Civil Veterinary Department Bihar reports 1936-40 - 1936-1940
Year: 1936
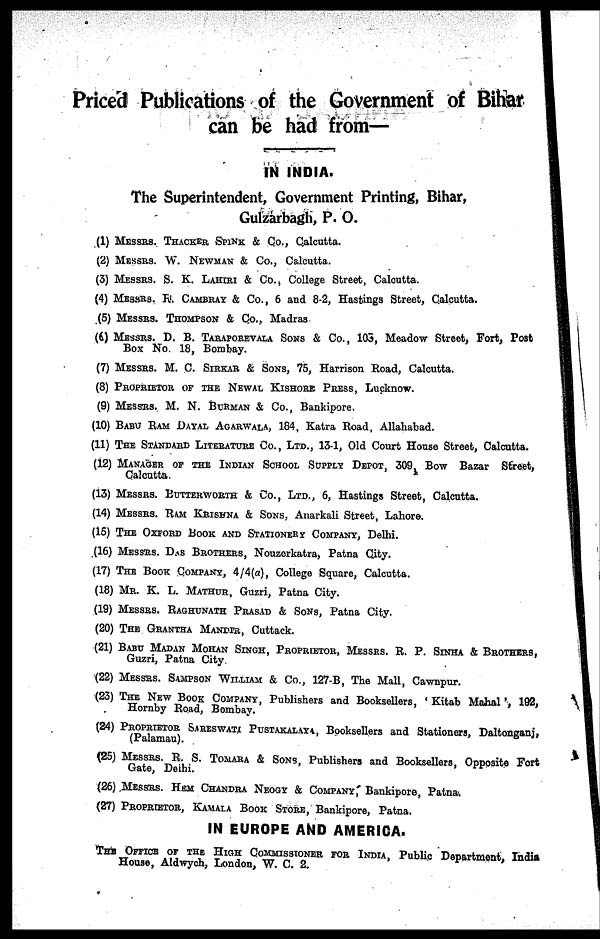
Priced Publications of the Government of Bihar
can be had from—
IN INDIA.
The Superintendent, Government Printing, Bihar,
Gulzarbagh, P. O.
(1) MESSRS. THACKER SPINK & Co., Calcutta.
(2) MESSRS. W. NEWMAN & Co., Calcutta.
(3) MESSRS. S. K. LAHIRI & Co., College Street, Calcutta.
(4) MESSRS. R. CAMBRAY & Co., 6 and 8-2, Hastings Street, Calcutta.
(5) MESSRS. THOMPSON & Co., Madras
(6) MESSRS. D. B. TARAPOREVALA SONS & Co., 105, Meadow Street, Fort, Post
Box No. 18, Bombay.
(7) MESSRS. M. C. SIRKAR & SONS, 75, Harrison Road, Calcutta.
(8) PROPRIETOR OF THE NEWAL KISHORE PRESS, Lucknow.
(9) MESSRS. M. N. BURMAN & Co., Bankipore.
(10) BABU RAM DAYAL AGARWALA, 184, Katra Road, Allahabad.
(11) THE STANDARD LITERATURE CO., LTD., 13-1, Old Court House Street, Calcutta.
(12) MANAGER OF THE INDIAN SCHOOL SUPPLY DEPOT, 309, Bow Bazar Street,
Calcutta.
(13) MESSRS. BUTTERWORTH & CO., LTD., 6, Hastings Street, Calcutta.
(14) MESSRS. RAM KRISHNA & SONS. Auarkali Street, Lahore.
(15) THE OXFORD BOOK AND STATIONERY COMPANY, Delhi.
(16) MESSRS. DAS BROTHERS, Nouzerkatra, Patna City.
(17) THE BOOK COMPANY, 4/4(a), College Square, Calcutta.
(18) MR. K. L. MATHUR, Guzri, Patna City.
(19) MESSRS. RAGHUNATH PRASAD & SONS, Patna City.
(20) THE GRANTHA MANDIR,Cuttack.
(21) BABU MADAN MOHAN SINGH, PROPRIETOR, MESSRS. R. P. SINHA & BROTHERS,
Guzri, Patna City.
(22) MESSRS. SAMPSON WILLIAM & Co., 127-B, The Mall, Cawnpur.
(23) THE NEW BOOK COMPANY, Publishers and Booksellers, 'Kitab Mahal', 192,
Hornby Road, Bombay.
(24) PROPRIETOR SARESWATI PUSTAKALAYA, Booksellers and Stationers, Daltonganj,
(Palamau).
(25) MESSRS. R. S. TOMARA & SONS, Publishers and Booksellers. Opposite Fort
Gate, Deihi.
(26) MESSRS. HEM CHANDRA NEOGY & COMPANY, Bankipore, Patna.
(27) PROPRIETOR, KAMALA BOOK STORE, Bankipore, Patna.
IN EUROPE AND AMERICA.
THE OFFICE OF THE HIGH COMMISSIONER FOR INDIA, Public Department, India
House, Aldwych, London, W. C. 2.